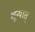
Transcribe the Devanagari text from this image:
शून्यात्